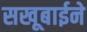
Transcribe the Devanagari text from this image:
सखूबाईने